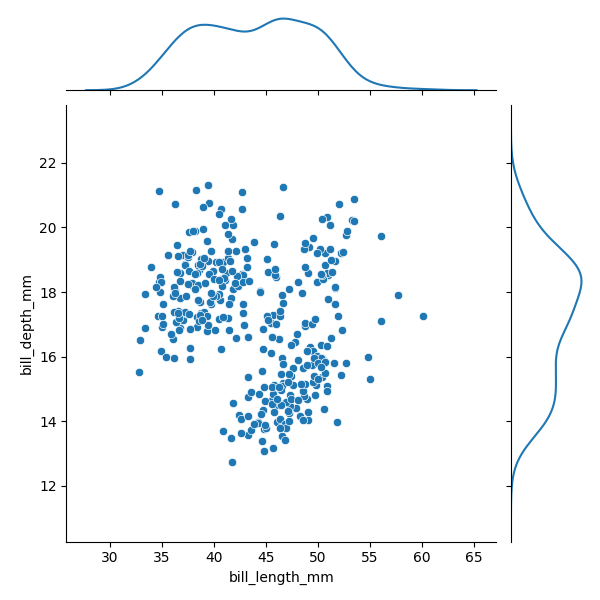
python, seaborn, JointGrid, scatterplot, kdeplot